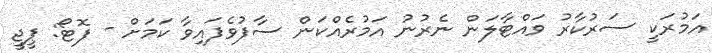
އަމުރަކީ ސަރުކާރު ވައްޓާލަން ނެރުނު އަމުރެއްކަން ސާފުވެފައިވާ ކަމަށް - ފޮޓޯ: ޕީޖީ